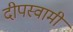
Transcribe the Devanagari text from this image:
दीपस्वामी